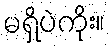
မရှိပဲကိုး။